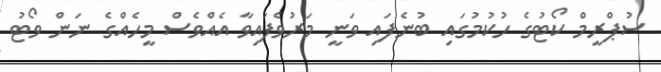
ސުޕްރީމް ކޯޓުގެ ހުކުމުގައި ބުނެފައި ވަނީ މަރުވެފައިވާ އެއްވެސް މީހެއްގެ ނަން ވޯޓު